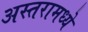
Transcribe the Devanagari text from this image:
अस्तरामध्ये